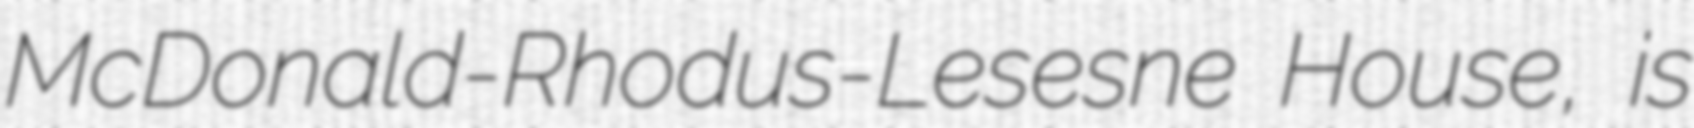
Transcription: McDonald-Rhodus-Lesesne House, is